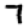
Digit: 7